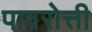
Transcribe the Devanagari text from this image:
पावरोत्ती